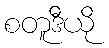
စတူဒီယို